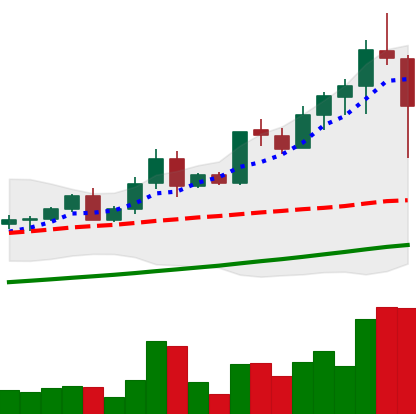
Ticker: LTC-USD
Chart end date: 2021-04-18
Forward return: -11.622%
Label: down_7plus